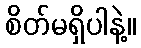
စိတ်မရှိပါနဲ့။